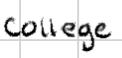
Text: college
Cross-out: clean
Writing tool: digital_black